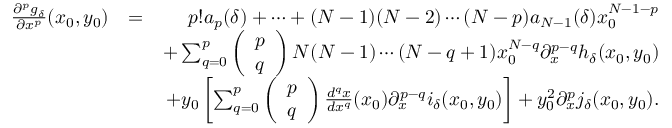
\begin{array} { r l r } { \frac { \partial ^ { p } g _ { \delta } } { \partial x ^ { p } } ( x _ { 0 } , y _ { 0 } ) } & { = } & { p ! a _ { p } ( \delta ) + \cdots + ( N - 1 ) ( N - 2 ) \cdots ( N - p ) a _ { N - 1 } ( \delta ) x _ { 0 } ^ { N - 1 - p } } \\ & { } & { + \sum _ { q = 0 } ^ { p } \left( \begin{array} { l } { p } \\ { q } \end{array} \right) N ( N - 1 ) \cdots ( N - q + 1 ) x _ { 0 } ^ { N - q } \partial _ { x } ^ { p - q } h _ { \delta } ( x _ { 0 } , y _ { 0 } ) } \\ & { } & { + y _ { 0 } \left[ \sum _ { q = 0 } ^ { p } \left( \begin{array} { l } { p } \\ { q } \end{array} \right) \frac { d ^ { q } x } { d x ^ { q } } ( x _ { 0 } ) \partial _ { x } ^ { p - q } i _ { \delta } ( x _ { 0 } , y _ { 0 } ) \right] + y _ { 0 } ^ { 2 } \partial _ { x } ^ { p } j _ { \delta } ( x _ { 0 } , y _ { 0 } ) . } \end{array}